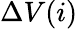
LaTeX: \Delta V(i)